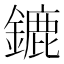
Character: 鏕